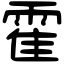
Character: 霍